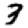
Digit: 3